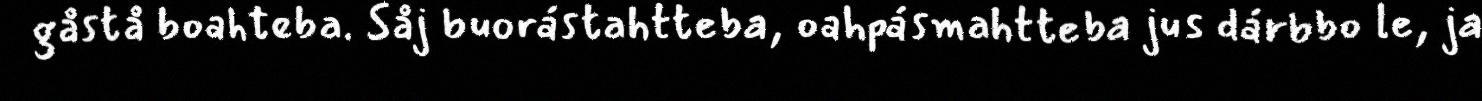
gåstå boahteba. Såj buorástahtteba, oahpásmahtteba jus dárbbo le, ja